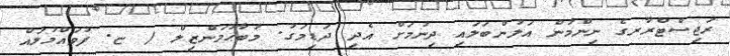
ރަޖިސްޓްރާރގެ ނިންމުން އަލުންބަލައި ދިނުމަށް އެދި ދަޑިމަގު. މުބާޙުމަންޒިލް / ޏ. ފުވައްމުލައް